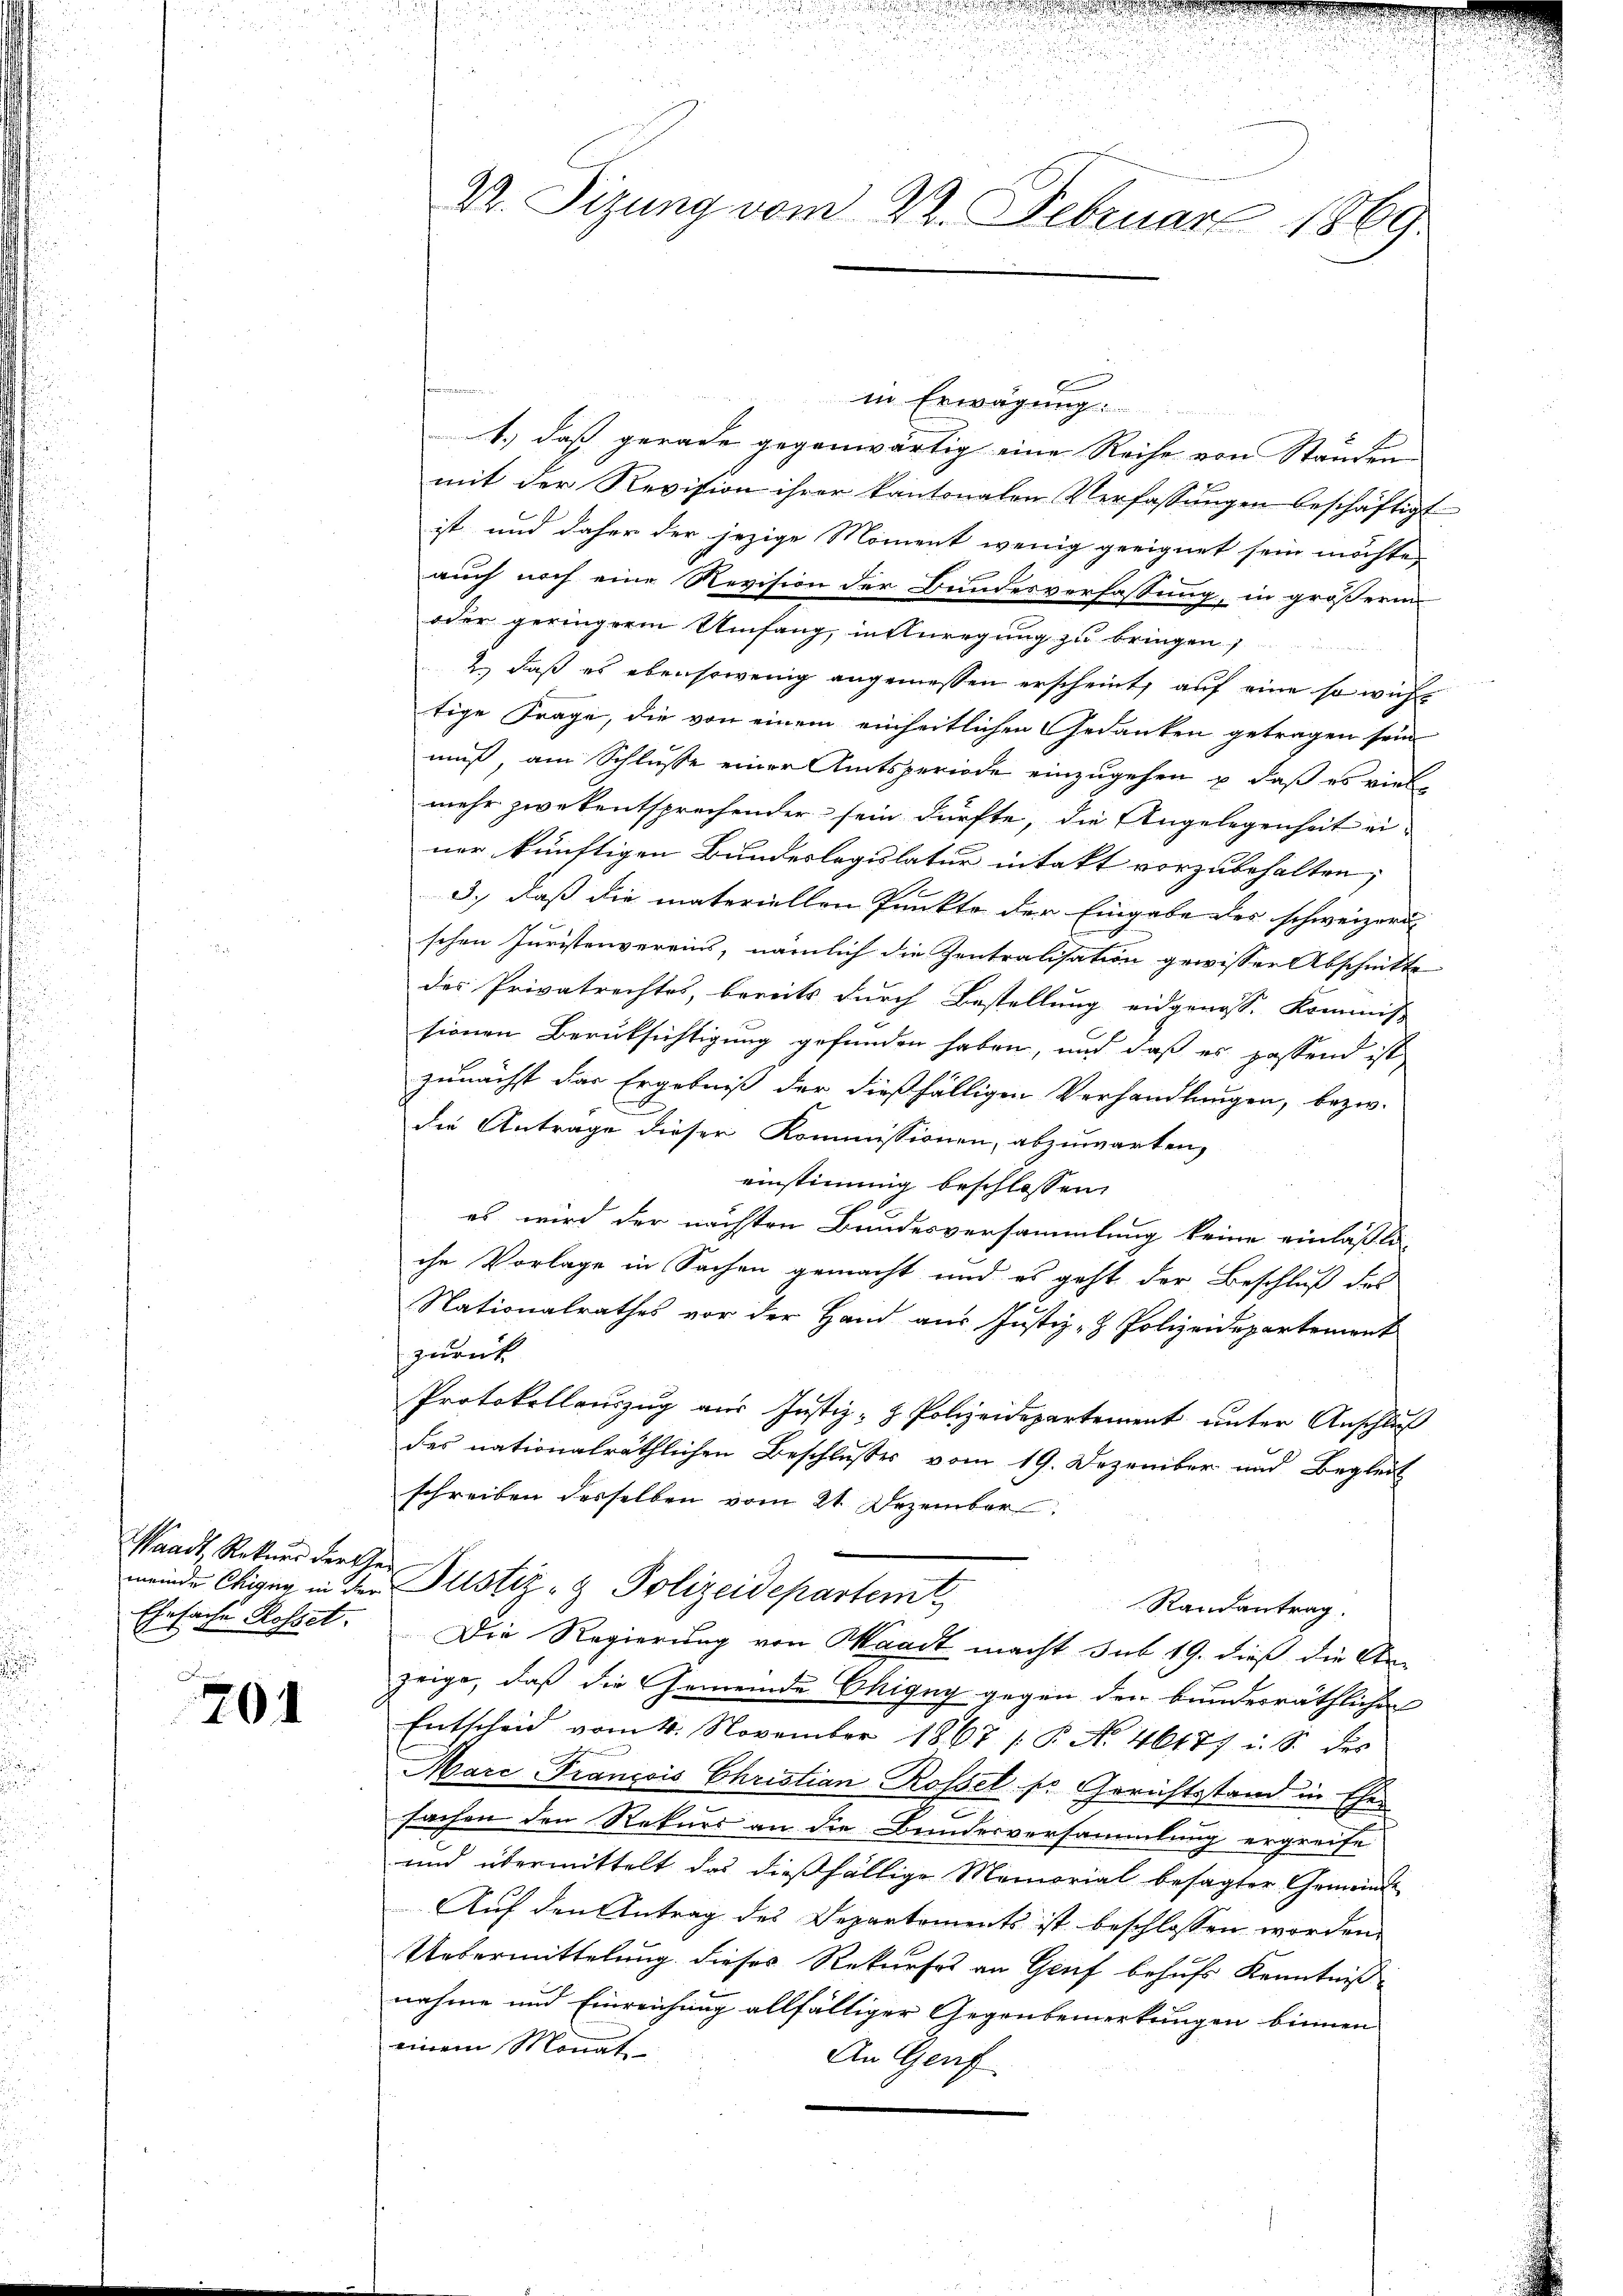
Waadt, Rekurs der hei
Ehesache Rosset.

70

Dr. Sizung vom 22. Februar 1869

in Erwägung
1.) daß gerade gegenwärtig eine Reihe von Ständen
mit der Revision ihrer kantonalen Verfassŭngen beschäftigt
ist und daher der jezige Moment wenig geeignet sein möchte,
auch noch eine Revision der Bundesverfassung, in größerm
oder geringere Umfang, in Anregung zu bringen
2.) daß es ebensowenig angemessen erscheint, auf eine so wicht
tige Frage, die von einem einheitlichen Gedanken getragen sein
muß, am Schlusse einer Amtsperiode einzugehen u. daß es viel
mehr zwekentsprechender sein dürfte, die Angelegenheit einer künftigen Bundeslegulatur intakt vorzubehalten;
3.) daß die materiellen Punkte der Eingabe des schweizern
schen Juristenvereins, nämlich die Zentralisation gewisser Abschnitte
des Privatrechtes, bereits durch Bestellung eidgenoss. Kommis-
sionen Berüksichtigung gefunden haben, und daß es passend ist
zunächst das Ergebniß der dießfälligen Verhandlungen, bezw.
die Antrage dieser Kommissionen, abzuwarten,
einstimmig beschlossen:
es wird der nächsten Bandesversammlung keine einläßli
che Vorlage in Sachen gemacht und es geht der Beschluß des
Nationalrathes vor der Hand aus Justiz- & Polizeidepartement
zurück
Protokollanzŭg aŭs Justiz- & Polizeidepartement ŭnter Anschlŭβ
des nationalräthlichen Beschlusses vom 19. Dezember und Begleit
schreiben desselben vom 21. Dezember
meinde Chigen in der Justiz- & Polizeidepartem
Randantrag.
Die Regierung von Waadt macht sub 19. dieß die An-
zeige, daß die Gemeinde Chigny gegen den bundesräthlichen
Entscheid vom 4. November 1867 / P. No. 46177 u. S. des
Marc-François Christian Rossel so Gerichtsstand in Ehes
sachen den Rekurs an die Bundesversammlung ergreife
und übermittelt das dießfällige Memorial besagter Gemeinde
Auf den Antrag des Departements ist beschlossen worden.
Uebermittelung dieses Rekurses an Genf behufs Kenntniß
nahme und Einreichung allfälliger Gegenbemerkungen binnen
einem Monat
An Genf